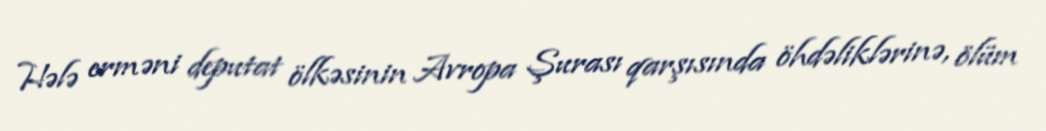
Hələ erməni deputat ölkəsinin Avropa Şurası qarşısında öhdəliklərinə, ölüm